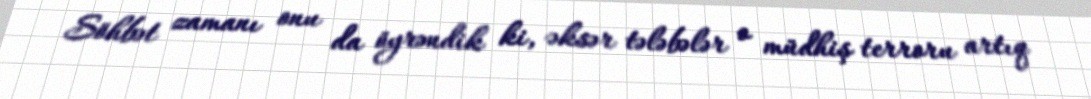
Söhbət zamanı onu da öyrəndik ki, əksər tələbələr o müdhiş terroru artıq